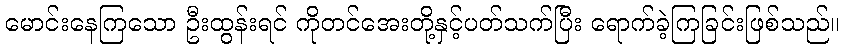
မောင်းနေကြသော ဦးထွန်းရင် ကိုတင်အေးတို့နှင့်ပတ်သက်ပြီး ရောက်ခဲ့ကြခြင်းဖြစ်သည်။